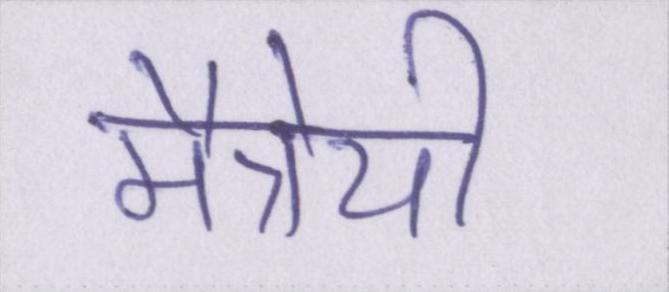
मैत्रेयी